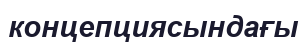
концепциясындағы